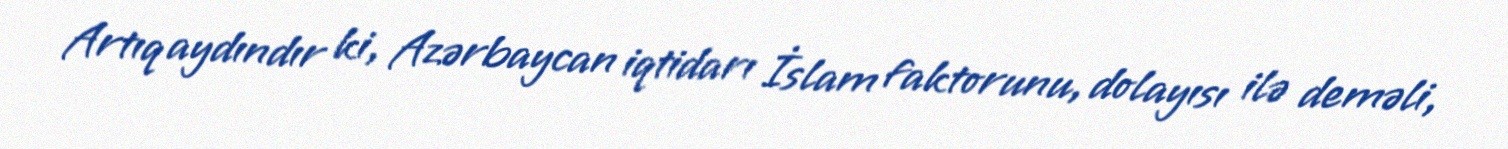
Artıq aydındır ki, Azərbaycan iqtidarı İslam faktorunu, dolayısı ilə deməli,